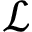
\mathcal { L }